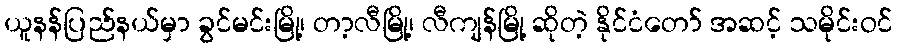
ယူနန်ပြည်နယ်မှာ ခွင်မင်းမြို့၊ တာ့လီမြို့၊ လီကျန်မြို့ ဆိုတဲ့ နိုင်ငံတော် အဆင့် သမိုင်းဝင်